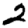
Digit: 2